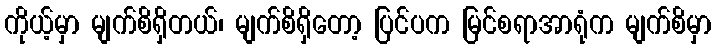
ကိုယ့်မှာ မျက်စိရှိတယ်၊ မျက်စိရှိတော့ ပြင်ပက မြင်စရာအာရုံက မျက်စိမှာ